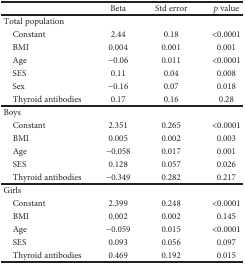
<table><thead><tr><td></td><td><b>Beta</b></td><td><b>Std error</b></td><td><b><i>p</i> value</b></td></tr></thead><tbody><tr><td colspan="4">Total population</td></tr><tr><td> Constant</td><td>2.44</td><td>0.18</td><td>&lt;0.0001</td></tr><tr><td> BMI</td><td>0.004</td><td>0.001</td><td>0.001</td></tr><tr><td> Age</td><td>−0.06</td><td>0.011</td><td>&lt;0.0001</td></tr><tr><td> SES</td><td>0.11</td><td>0.04</td><td>0.008</td></tr><tr><td> Sex</td><td>−0.16</td><td>0.07</td><td>0.018</td></tr><tr><td> Thyroid antibodies</td><td>0.17</td><td>0.16</td><td>0.28</td></tr><tr><td colspan="4">Boys</td></tr><tr><td> Constant</td><td>2.351</td><td>0.265</td><td>&lt;0.0001</td></tr><tr><td> BMI</td><td>0.005</td><td>0.002</td><td>0.003</td></tr><tr><td> Age</td><td>−0.058</td><td>0.017</td><td>0.001</td></tr><tr><td> SES</td><td>0.128</td><td>0.057</td><td>0.026</td></tr><tr><td> Thyroid antibodies</td><td>−0.349</td><td>0.282</td><td>0.217</td></tr><tr><td colspan="4">Girls</td></tr><tr><td> Constant</td><td>2.399</td><td>0.248</td><td>&lt;0.0001</td></tr><tr><td> BMI</td><td>0.002</td><td>0.002</td><td>0.145</td></tr><tr><td> Age</td><td>−0.059</td><td>0.015</td><td>&lt;0.0001</td></tr><tr><td> SES</td><td>0.093</td><td>0.056</td><td>0.097</td></tr><tr><td> Thyroid antibodies</td><td>0.469</td><td>0.192</td><td>0.015</td></tr></tbody></table>